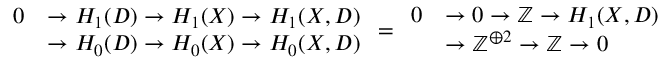
{ \begin{array} { r l } { 0 } & { \to H _ { 1 } ( D ) \to H _ { 1 } ( X ) \to H _ { 1 } ( X , D ) } \\ & { \to H _ { 0 } ( D ) \to H _ { 0 } ( X ) \to H _ { 0 } ( X , D ) } \end{array} } = { \begin{array} { r l } { 0 } & { \to 0 \to \mathbb { Z } \to H _ { 1 } ( X , D ) } \\ & { \to \mathbb { Z } ^ { \oplus 2 } \to \mathbb { Z } \to 0 } \end{array} }